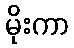
မိုးကာ